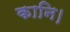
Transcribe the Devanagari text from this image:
कानि।